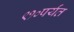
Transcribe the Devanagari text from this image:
९१०पर्यंत